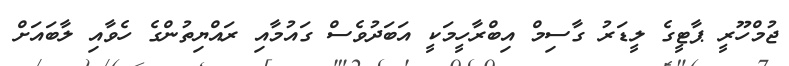
ޖުމްހޫރީ ޕާޓީގެ ލީޑަރު ގާސިމް އިބްރާހީމަކީ އަބަދުވެސް ގައުމާއި ރައްޔިތުންގެ ހެވާއި ލާބައަށް